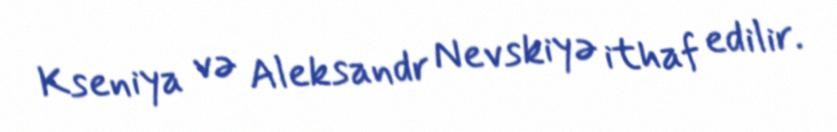
Kseniya və Aleksandr Nevskiyə ithaf edilir.